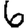
Digit: 6